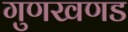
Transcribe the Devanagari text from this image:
गुणखणड